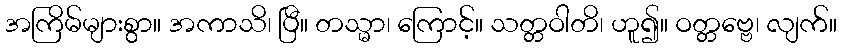
အကြိမ်များစွာ။ အကာသိ၊ ပြီ။ တသ္မာ၊ ကြောင့်။ သတ္တဝါတိ၊ ဟူ၍။ ဝတ္တဗ္ဗေ၊ လျက်။